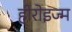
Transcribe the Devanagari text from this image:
हीरोइज्म